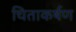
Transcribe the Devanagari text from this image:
चिताकर्षण